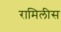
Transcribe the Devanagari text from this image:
रामिलीस